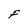
Character: F